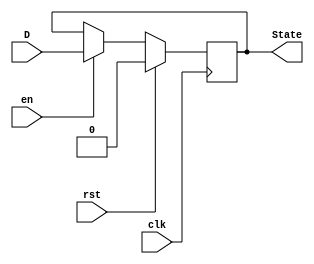
`timescale 1ns / 1ps
//////////////////////////////////////////////////////////////////////////////////
// Company: 
// Engineer: 
// 
// Design Name: 
// Module Name: DFF
// Project Name: 
// Target Devices: 
// Tool Versions: 
// Description: 
// 
// Dependencies: 
// 
// Revision:
// Revision 0.01 - File Created
// Additional Comments:
// 
//////////////////////////////////////////////////////////////////////////////////


module DFF(D,clk,rst,en,State);
    input D,rst,en;
    input clk;
    output reg State;
    initial begin
        State = 0;
    end
    always@(posedge clk) begin
        if(rst) State <= 0;
        else if(en) State <= D;
    end
endmodule